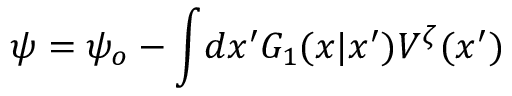
\psi = \psi _ { o } - \int \! d x ^ { \prime } { \cal G } _ { 1 } ( x | x ^ { \prime } ) V ^ { \zeta } ( x ^ { \prime } )